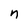
Character: n